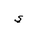
Letter: _ya